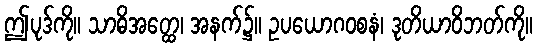
ဤပုဒ်ကို။ သာဓိအတ္ထေ၊ အနက်၌။ ဥပယောဂဝစနံ၊ ဒုတိယာဝိဘတ်ကို။